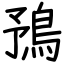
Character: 𩿎